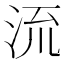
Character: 𣴑